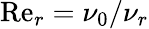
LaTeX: \mathrm{Re}_{r}=\nu_{0}/\nu_{r}